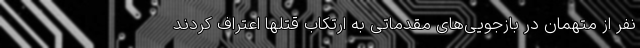
نفر از متهمان در بازجویی‌های مقدماتی به ارتکاب قتلها اعتراف کردند